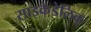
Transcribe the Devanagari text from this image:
साइकेडेलिक्